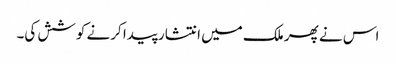
اس نے پھر ملک میں انتشار پیدا کرنے کوشش کی۔